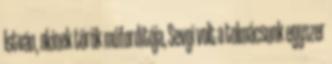
István, akinek török műfordítója, Sevgi volt a tolmácsunk egyszer